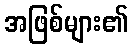
အဖြစ်များ၏